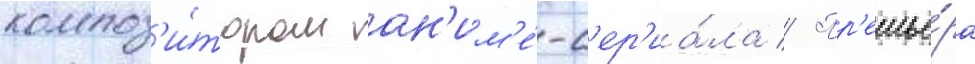
композ'и́тором ан'им'е́-с'ер'иа́ла // Пр'емье́ра